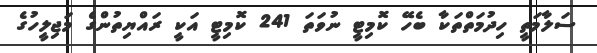
ސަލާމަތީ ހިދުމަތްތަކާ ބެހޭ ކޮމިޓީ ނުވަތަ 241 ކޮމިޓީ އަކީ ރައްޔިތުންގެ މަޖިލީހުގެ